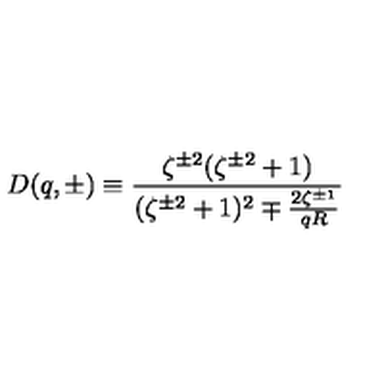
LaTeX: D ( q , \pm ) \equiv \frac { \zeta ^ { \pm 2 } ( \zeta ^ { \pm 2 } + 1 ) } { ( \zeta ^ { \pm 2 } + 1 ) ^ { 2 } \mp \frac { 2 \zeta ^ { \pm 1 } } { q R } }